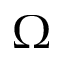
\Omega